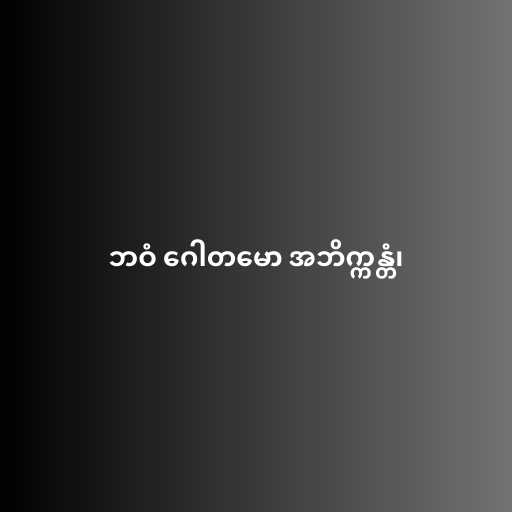
ဘဝံ ဂေါတမော အဘိက္ကန္တံ၊